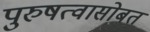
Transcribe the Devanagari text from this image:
पुरुषत्वासोबत